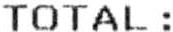
TOTAL :